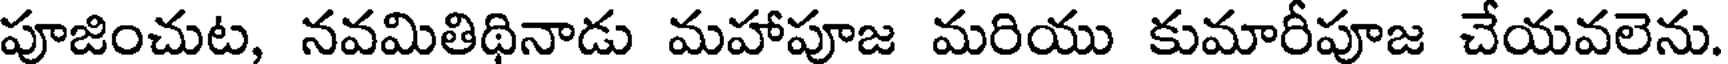
పూజించుట, నవమితిథినాడు మహాపూజ మరియు కుమారీపూజ చేయవలెను